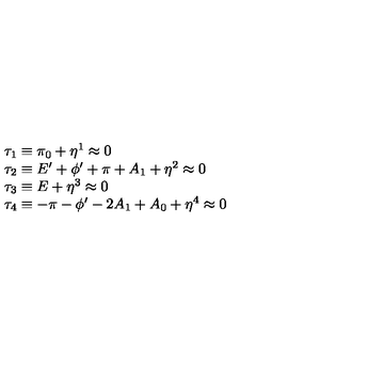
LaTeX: \begin{array} { l } { \tau _ { 1 } \equiv \pi _ { 0 } + \eta ^ { 1 } \approx 0 } \\ { \tau _ { 2 } \equiv E ^ { \prime } + \phi ^ { \prime } + \pi + A _ { 1 } + \eta ^ { 2 } \approx 0 } \\ { \tau _ { 3 } \equiv E + \eta ^ { 3 } \approx 0 } \\ { \tau _ { 4 } \equiv - \pi - \phi ^ { \prime } - 2 A _ { 1 } + A _ { 0 } + \eta ^ { 4 } \approx 0 } \\ \end{array}